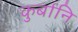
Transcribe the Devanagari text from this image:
कुर्बानि